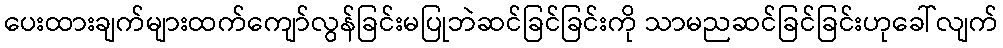
ပေးထားချက်များထက်ကျော်လွန်ခြင်းမပြုဘဲဆင်ခြင်ခြင်းကို သာမညဆင်ခြင်ခြင်းဟုခေါ်လျက်